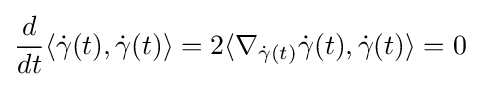
{\frac {d}{dt}}\langle {\dot {\gamma }}(t),{\dot {\gamma }}(t)\rangle =2\langle \nabla _{{\dot {\gamma }}(t)}{\dot {\gamma }}(t),{\dot {\gamma }}(t)\rangle =0